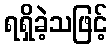
ရရှိခဲ့သဖြင့်